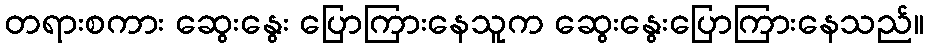
တရားစကား ဆွေးနွေး ပြောကြားနေသူက ဆွေးနွေးပြောကြားနေသည်။